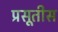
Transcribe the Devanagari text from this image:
प्रसूतीस